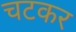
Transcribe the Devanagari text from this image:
चटकर